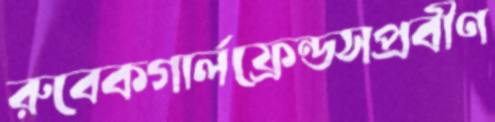
রুবেকগার্লফ্রেন্ডসপ্রবীণ